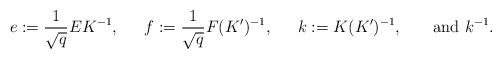
LaTeX: \begin{align*}e &:= \frac{1}{\sqrt{q}}EK^{-1}, & f &:= \frac{1}{\sqrt{q}} F(K')^{-1}, & k &:=K(K')^{-1}, & \mbox { and } k^{-1}&.\end{align*}